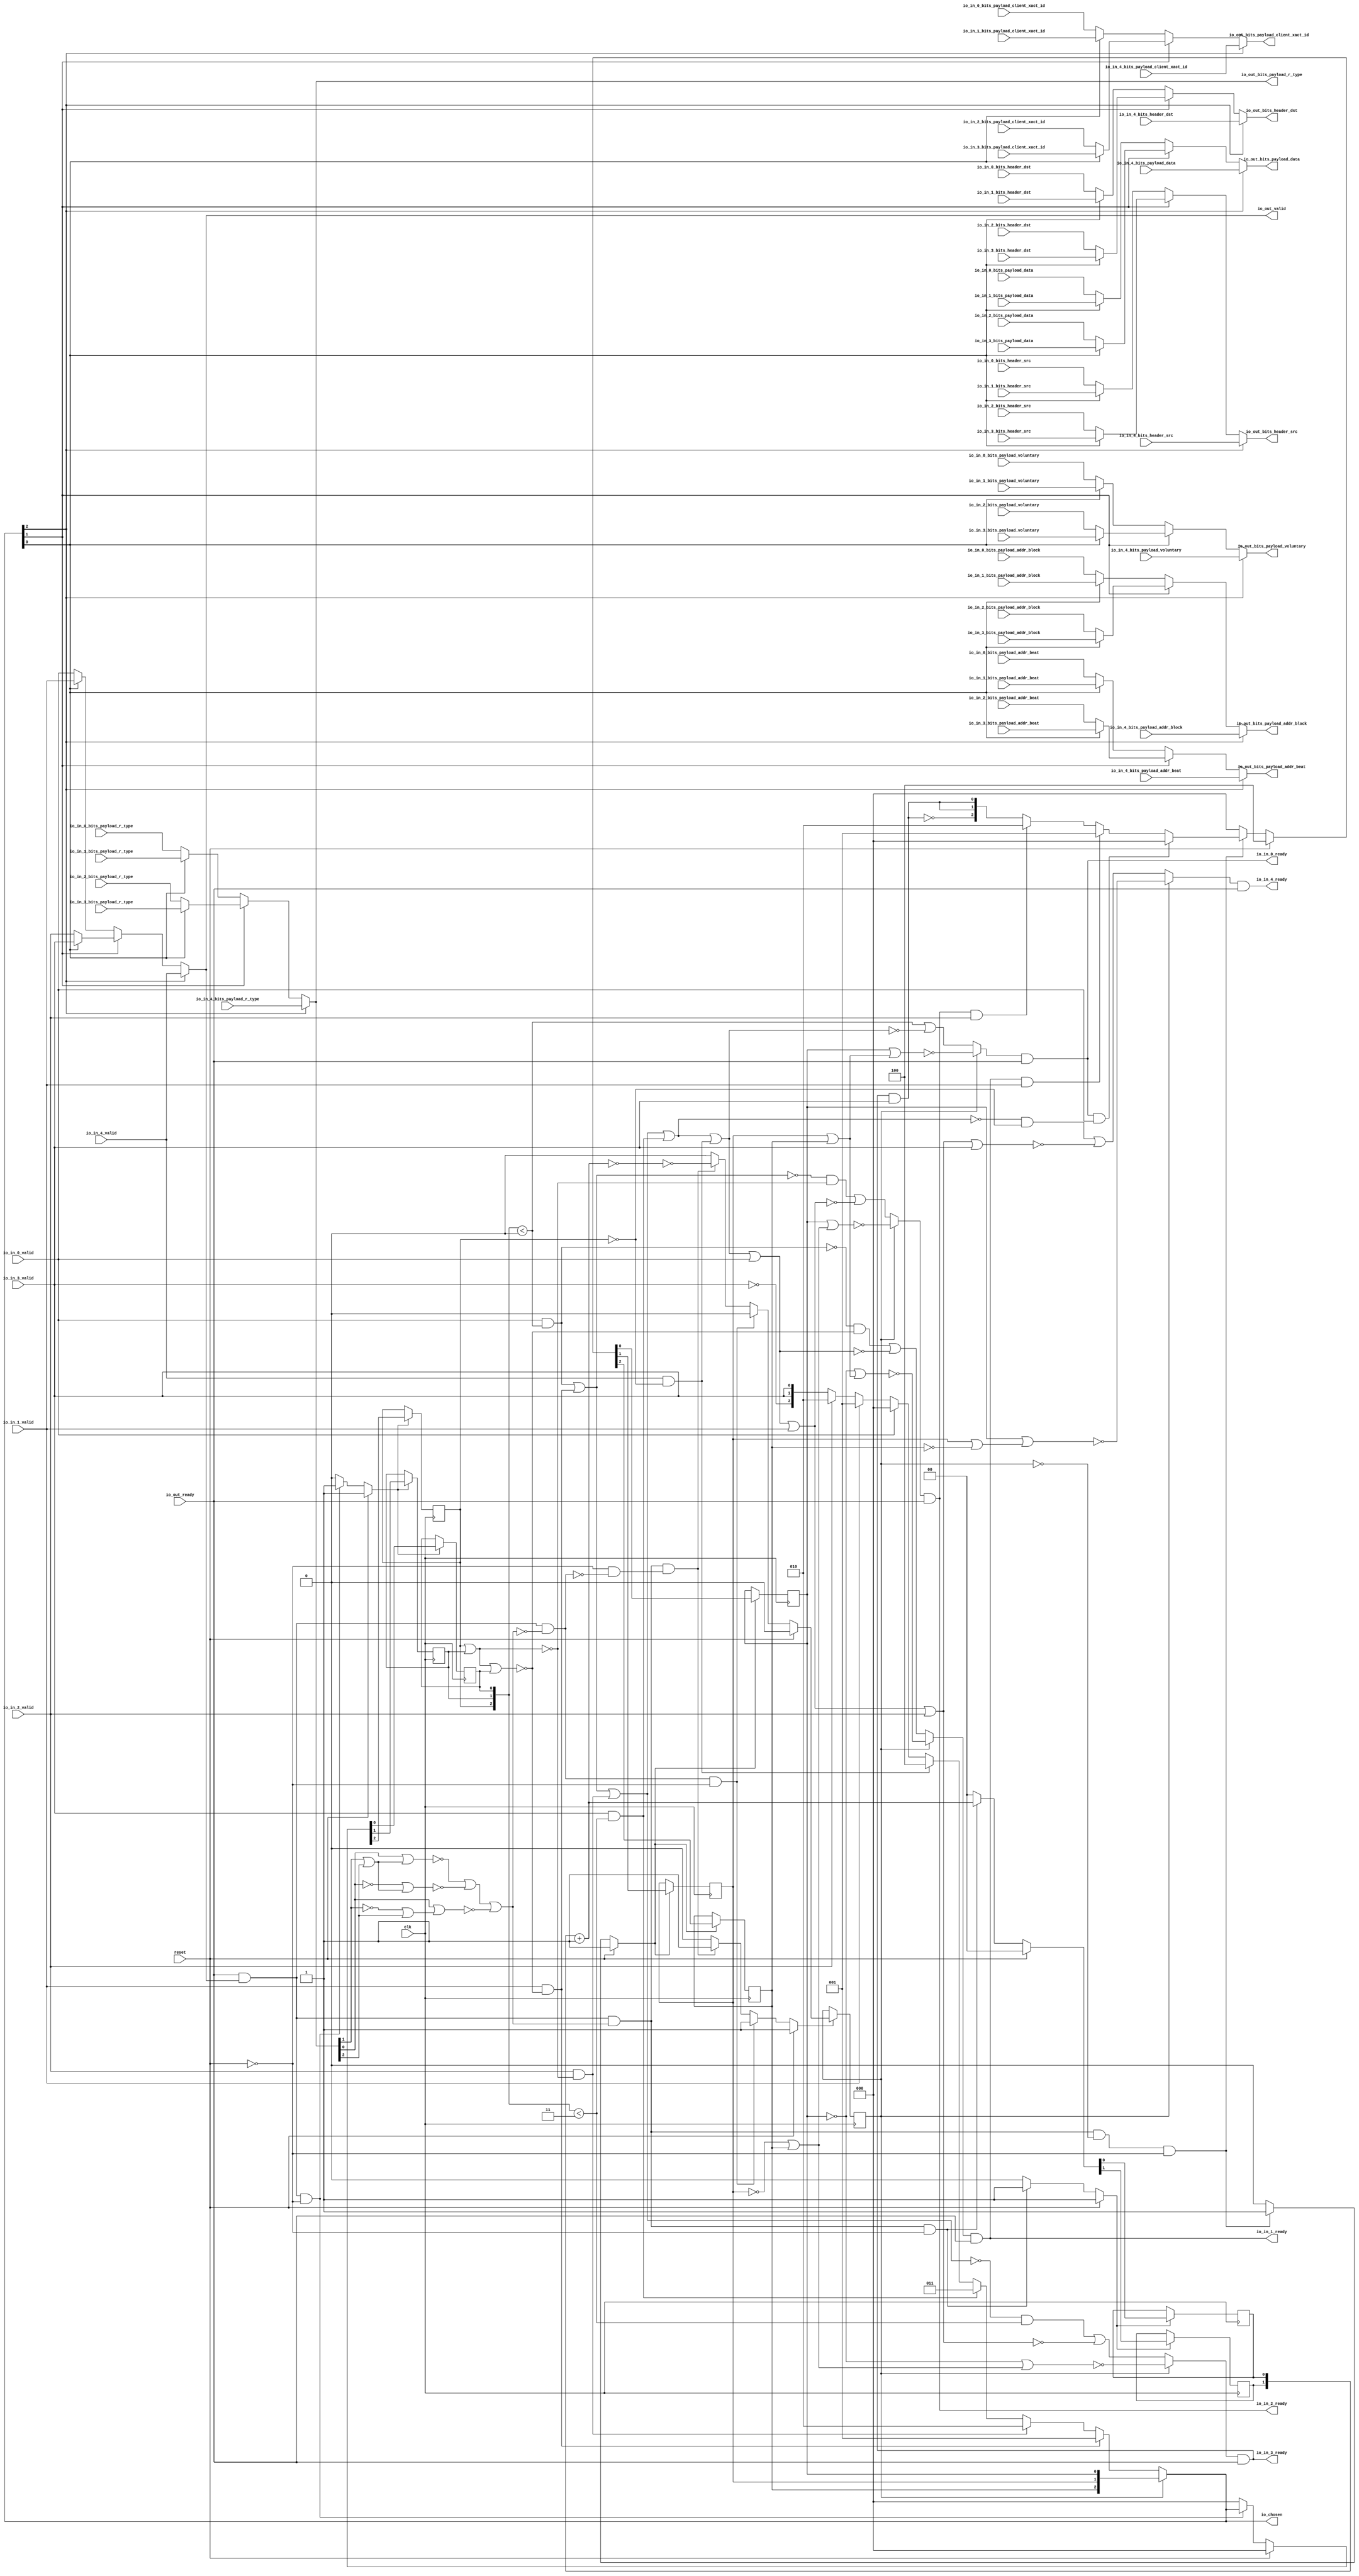
module LockingRRArbiter_6
(
  clk,
  reset,
  io_in_4_ready,
  io_in_4_valid,
  io_in_4_bits_header_src,
  io_in_4_bits_header_dst,
  io_in_4_bits_payload_addr_beat,
  io_in_4_bits_payload_addr_block,
  io_in_4_bits_payload_client_xact_id,
  io_in_4_bits_payload_voluntary,
  io_in_4_bits_payload_r_type,
  io_in_4_bits_payload_data,
  io_in_3_ready,
  io_in_3_valid,
  io_in_3_bits_header_src,
  io_in_3_bits_header_dst,
  io_in_3_bits_payload_addr_beat,
  io_in_3_bits_payload_addr_block,
  io_in_3_bits_payload_client_xact_id,
  io_in_3_bits_payload_voluntary,
  io_in_3_bits_payload_r_type,
  io_in_3_bits_payload_data,
  io_in_2_ready,
  io_in_2_valid,
  io_in_2_bits_header_src,
  io_in_2_bits_header_dst,
  io_in_2_bits_payload_addr_beat,
  io_in_2_bits_payload_addr_block,
  io_in_2_bits_payload_client_xact_id,
  io_in_2_bits_payload_voluntary,
  io_in_2_bits_payload_r_type,
  io_in_2_bits_payload_data,
  io_in_1_ready,
  io_in_1_valid,
  io_in_1_bits_header_src,
  io_in_1_bits_header_dst,
  io_in_1_bits_payload_addr_beat,
  io_in_1_bits_payload_addr_block,
  io_in_1_bits_payload_client_xact_id,
  io_in_1_bits_payload_voluntary,
  io_in_1_bits_payload_r_type,
  io_in_1_bits_payload_data,
  io_in_0_ready,
  io_in_0_valid,
  io_in_0_bits_header_src,
  io_in_0_bits_header_dst,
  io_in_0_bits_payload_addr_beat,
  io_in_0_bits_payload_addr_block,
  io_in_0_bits_payload_client_xact_id,
  io_in_0_bits_payload_voluntary,
  io_in_0_bits_payload_r_type,
  io_in_0_bits_payload_data,
  io_out_ready,
  io_out_valid,
  io_out_bits_header_src,
  io_out_bits_header_dst,
  io_out_bits_payload_addr_beat,
  io_out_bits_payload_addr_block,
  io_out_bits_payload_client_xact_id,
  io_out_bits_payload_voluntary,
  io_out_bits_payload_r_type,
  io_out_bits_payload_data,
  io_chosen
);

  input [2:0] io_in_4_bits_header_src;
  input [2:0] io_in_4_bits_header_dst;
  input [1:0] io_in_4_bits_payload_addr_beat;
  input [25:0] io_in_4_bits_payload_addr_block;
  input [5:0] io_in_4_bits_payload_client_xact_id;
  input [2:0] io_in_4_bits_payload_r_type;
  input [127:0] io_in_4_bits_payload_data;
  input [2:0] io_in_3_bits_header_src;
  input [2:0] io_in_3_bits_header_dst;
  input [1:0] io_in_3_bits_payload_addr_beat;
  input [25:0] io_in_3_bits_payload_addr_block;
  input [5:0] io_in_3_bits_payload_client_xact_id;
  input [2:0] io_in_3_bits_payload_r_type;
  input [127:0] io_in_3_bits_payload_data;
  input [2:0] io_in_2_bits_header_src;
  input [2:0] io_in_2_bits_header_dst;
  input [1:0] io_in_2_bits_payload_addr_beat;
  input [25:0] io_in_2_bits_payload_addr_block;
  input [5:0] io_in_2_bits_payload_client_xact_id;
  input [2:0] io_in_2_bits_payload_r_type;
  input [127:0] io_in_2_bits_payload_data;
  input [2:0] io_in_1_bits_header_src;
  input [2:0] io_in_1_bits_header_dst;
  input [1:0] io_in_1_bits_payload_addr_beat;
  input [25:0] io_in_1_bits_payload_addr_block;
  input [5:0] io_in_1_bits_payload_client_xact_id;
  input [2:0] io_in_1_bits_payload_r_type;
  input [127:0] io_in_1_bits_payload_data;
  input [2:0] io_in_0_bits_header_src;
  input [2:0] io_in_0_bits_header_dst;
  input [1:0] io_in_0_bits_payload_addr_beat;
  input [25:0] io_in_0_bits_payload_addr_block;
  input [5:0] io_in_0_bits_payload_client_xact_id;
  input [2:0] io_in_0_bits_payload_r_type;
  input [127:0] io_in_0_bits_payload_data;
  output [2:0] io_out_bits_header_src;
  output [2:0] io_out_bits_header_dst;
  output [1:0] io_out_bits_payload_addr_beat;
  output [25:0] io_out_bits_payload_addr_block;
  output [5:0] io_out_bits_payload_client_xact_id;
  output [2:0] io_out_bits_payload_r_type;
  output [127:0] io_out_bits_payload_data;
  output [2:0] io_chosen;
  input clk;
  input reset;
  input io_in_4_valid;
  input io_in_4_bits_payload_voluntary;
  input io_in_3_valid;
  input io_in_3_bits_payload_voluntary;
  input io_in_2_valid;
  input io_in_2_bits_payload_voluntary;
  input io_in_1_valid;
  input io_in_1_bits_payload_voluntary;
  input io_in_0_valid;
  input io_in_0_bits_payload_voluntary;
  input io_out_ready;
  output io_in_4_ready;
  output io_in_3_ready;
  output io_in_2_ready;
  output io_in_1_ready;
  output io_in_0_ready;
  output io_out_valid;
  output io_out_bits_payload_voluntary;
  wire [2:0] io_out_bits_header_src,io_out_bits_header_dst,io_out_bits_payload_r_type,
  io_chosen,choose,T1,T2,T3,T4,T5,T6,T19,T20,T21,T55,T58,T56,T95,T98,T96,T103,T106,T104;
  wire [1:0] io_out_bits_payload_addr_beat,T40,T87,T90,T88;
  wire [25:0] io_out_bits_payload_addr_block,T79,T82,T80;
  wire [5:0] io_out_bits_payload_client_xact_id,T71,T74,T72;
  wire [127:0] io_out_bits_payload_data,T46,T50,T47;
  wire io_in_4_ready,io_in_3_ready,io_in_2_ready,io_in_1_ready,io_in_0_ready,
  io_out_valid,io_out_bits_payload_voluntary,N0,N1,N2,N3,N4,N5,N6,N7,N8,N9,N10,N11,N12,N13,
  N14,N15,N16,N17,N18,N19,N20,N21,N22,N23,N24,N25,N26,N27,N28,N29,T16,N30,T14,N31,
  T12,N32,T8,N33,N34,N35,N36,N37,T9,T11,T13,T15,T17,T27,T26,N38,T25,N39,T24,N40,
  T23,N41,T29,T28,T35,T30,T32,T43,T38,T39,T44,N42,N43,N44,T63,T66,T64,T111,T114,T112,
  T119,T120,T136,T121,T122,T125,T123,T124,T128,T126,T127,T131,T129,T130,T134,T132,
  T133,T135,T139,T140,T147,T141,T142,T143,T144,T145,T146,T149,T148,T152,T153,T161,
  T154,T155,T156,T157,T158,T159,T160,T163,T162,T164,T167,T168,T177,T169,T170,T171,
  T172,T173,T174,T175,T176,T179,T178,T180,T181,T184,T185,T195,T186,T187,T188,T189,
  T190,T191,T192,T193,T194,T197,T196,T198,T199,T200,N45,N46,N47,N48,N49,N50,N51,
  N52,N53,N54,N55,N56,N57,N58,N59,N60,N61,N62,N63,N64,N65,N66,N67,N68,N69,N70,N71,
  N72,N73,N74,N75,N76,N77,N78,N79,N80,N81,N82,N83,N84,N85,N86,N87,N88,N89,N90,N91,
  N92,N93,N94,N95,N96,N97,N98,N99,N100,N101,N102,N103,N104,N105,N106,N107,N108,N109,
  N110,N111,N112;
  wire [2:1] T7,T22;
  reg [2:0] last_grant,lockIdx;
  reg locked;
  reg [1:0] R41;
  assign T13 = last_grant < { 1'b1, 1'b1 };
  assign T39 = T40 == 1'b0;
  assign T127 = last_grant < { 1'b1, 1'b1 };
  assign T135 = last_grant < 1'b0;
  assign T136 = last_grant < 1'b0;
  assign T178 = last_grant < { 1'b1, 1'b1 };

  always @(posedge clk) begin
    if(N47) begin
      last_grant[2] <= N50;
    end 
  end


  always @(posedge clk) begin
    if(N47) begin
      last_grant[1] <= N49;
    end 
  end


  always @(posedge clk) begin
    if(N47) begin
      last_grant[0] <= N48;
    end 
  end


  always @(posedge clk) begin
    if(N53) begin
      lockIdx[2] <= N56;
    end 
  end


  always @(posedge clk) begin
    if(N53) begin
      lockIdx[1] <= N55;
    end 
  end


  always @(posedge clk) begin
    if(N53) begin
      lockIdx[0] <= N54;
    end 
  end


  always @(posedge clk) begin
    if(N60) begin
      locked <= N61;
    end 
  end


  always @(posedge clk) begin
    if(N64) begin
      R41[1] <= N66;
    end 
  end


  always @(posedge clk) begin
    if(N64) begin
      R41[0] <= N65;
    end 
  end

  assign N75 = ~lockIdx[2];
  assign N76 = lockIdx[1] | N75;
  assign N77 = lockIdx[0] | N76;
  assign N78 = ~N77;
  assign N79 = lockIdx[1] | lockIdx[2];
  assign N80 = lockIdx[0] | N79;
  assign N81 = ~N80;
  assign N82 = ~lockIdx[0];
  assign N83 = lockIdx[1] | lockIdx[2];
  assign N84 = N82 | N83;
  assign N85 = ~N84;
  assign N86 = ~io_out_bits_payload_r_type[1];
  assign N87 = N86 | io_out_bits_payload_r_type[2];
  assign N88 = io_out_bits_payload_r_type[0] | N87;
  assign N89 = ~N88;
  assign N90 = ~lockIdx[1];
  assign N91 = N90 | lockIdx[2];
  assign N92 = lockIdx[0] | N91;
  assign N93 = ~N92;
  assign N94 = io_out_bits_payload_r_type[1] | io_out_bits_payload_r_type[2];
  assign N95 = io_out_bits_payload_r_type[0] | N94;
  assign N96 = ~N95;
  assign N97 = ~io_out_bits_payload_r_type[0];
  assign N98 = io_out_bits_payload_r_type[1] | io_out_bits_payload_r_type[2];
  assign N99 = N97 | N98;
  assign N100 = ~N99;
  assign N101 = N90 | lockIdx[2];
  assign N102 = N82 | N101;
  assign N103 = ~N102;
  assign T40 = R41 + 1'b1;
  assign io_chosen = (N0)? lockIdx : 
                     (N1)? choose : 1'b0;
  assign N0 = locked;
  assign N1 = N29;
  assign choose = (N2)? { 1'b0, 1'b0, 1'b1 } : 
                  (N3)? T1 : 1'b0;
  assign N2 = T16;
  assign N3 = N30;
  assign T1 = (N4)? { 1'b0, 1'b1, 1'b0 } : 
              (N5)? T2 : 1'b0;
  assign N4 = T14;
  assign N5 = N31;
  assign T2 = (N6)? { 1'b0, 1'b1, 1'b1 } : 
              (N7)? T3 : 1'b0;
  assign N6 = T12;
  assign N7 = N32;
  assign T3 = (N8)? { 1'b1, 1'b0, 1'b0 } : 
              (N9)? T4 : 1'b0;
  assign N8 = T8;
  assign N9 = N33;
  assign T4 = (N10)? { 1'b0, 1'b0, 1'b0 } : 
              (N11)? T5 : 1'b0;
  assign N10 = io_in_0_valid;
  assign N11 = N34;
  assign T5 = (N12)? { 1'b0, 1'b0, 1'b1 } : 
              (N13)? T6 : 1'b0;
  assign N12 = io_in_1_valid;
  assign N13 = N35;
  assign T6 = (N14)? { 1'b0, 1'b1, 1'b0 } : 
              (N15)? { T7, T7[1:1] } : 1'b0;
  assign N14 = io_in_2_valid;
  assign N15 = N36;
  assign T19 = (N16)? { 1'b0, 1'b0, 1'b0 } : 
               (N17)? T20 : 1'b0;
  assign N16 = T26;
  assign N17 = N38;
  assign T20 = (N18)? { 1'b0, 1'b0, 1'b1 } : 
               (N19)? T21 : 1'b0;
  assign N18 = T25;
  assign N19 = N39;
  assign T21 = (N20)? { 1'b0, 1'b1, 1'b0 } : 
               (N21)? { T22, T22[1:1] } : 1'b0;
  assign N20 = T24;
  assign N21 = N40;
  assign io_out_bits_payload_data = (N22)? io_in_4_bits_payload_data : 
                                    (N23)? T46 : 1'b0;
  assign N22 = io_chosen[2];
  assign N23 = N42;
  assign T46 = (N24)? T50 : 
               (N25)? T47 : 1'b0;
  assign N24 = io_chosen[1];
  assign N25 = N43;
  assign T47 = (N26)? io_in_1_bits_payload_data : 
               (N27)? io_in_0_bits_payload_data : 1'b0;
  assign N26 = io_chosen[0];
  assign N27 = N44;
  assign T50 = (N26)? io_in_3_bits_payload_data : 
               (N27)? io_in_2_bits_payload_data : 1'b0;
  assign io_out_bits_payload_r_type = (N22)? io_in_4_bits_payload_r_type : 
                                      (N23)? T55 : 1'b0;
  assign T55 = (N24)? T58 : 
               (N25)? T56 : 1'b0;
  assign T56 = (N26)? io_in_1_bits_payload_r_type : 
               (N27)? io_in_0_bits_payload_r_type : 1'b0;
  assign T58 = (N26)? io_in_3_bits_payload_r_type : 
               (N27)? io_in_2_bits_payload_r_type : 1'b0;
  assign io_out_bits_payload_voluntary = (N22)? io_in_4_bits_payload_voluntary : 
                                         (N23)? T63 : 1'b0;
  assign T63 = (N24)? T66 : 
               (N25)? T64 : 1'b0;
  assign T64 = (N26)? io_in_1_bits_payload_voluntary : 
               (N27)? io_in_0_bits_payload_voluntary : 1'b0;
  assign T66 = (N26)? io_in_3_bits_payload_voluntary : 
               (N27)? io_in_2_bits_payload_voluntary : 1'b0;
  assign io_out_bits_payload_client_xact_id = (N22)? io_in_4_bits_payload_client_xact_id : 
                                              (N23)? T71 : 1'b0;
  assign T71 = (N24)? T74 : 
               (N25)? T72 : 1'b0;
  assign T72 = (N26)? io_in_1_bits_payload_client_xact_id : 
               (N27)? io_in_0_bits_payload_client_xact_id : 1'b0;
  assign T74 = (N26)? io_in_3_bits_payload_client_xact_id : 
               (N27)? io_in_2_bits_payload_client_xact_id : 1'b0;
  assign io_out_bits_payload_addr_block = (N22)? io_in_4_bits_payload_addr_block : 
                                          (N23)? T79 : 1'b0;
  assign T79 = (N24)? T82 : 
               (N25)? T80 : 1'b0;
  assign T80 = (N26)? io_in_1_bits_payload_addr_block : 
               (N27)? io_in_0_bits_payload_addr_block : 1'b0;
  assign T82 = (N26)? io_in_3_bits_payload_addr_block : 
               (N27)? io_in_2_bits_payload_addr_block : 1'b0;
  assign io_out_bits_payload_addr_beat = (N22)? io_in_4_bits_payload_addr_beat : 
                                         (N23)? T87 : 1'b0;
  assign T87 = (N24)? T90 : 
               (N25)? T88 : 1'b0;
  assign T88 = (N26)? io_in_1_bits_payload_addr_beat : 
               (N27)? io_in_0_bits_payload_addr_beat : 1'b0;
  assign T90 = (N26)? io_in_3_bits_payload_addr_beat : 
               (N27)? io_in_2_bits_payload_addr_beat : 1'b0;
  assign io_out_bits_header_dst = (N22)? io_in_4_bits_header_dst : 
                                  (N23)? T95 : 1'b0;
  assign T95 = (N24)? T98 : 
               (N25)? T96 : 1'b0;
  assign T96 = (N26)? io_in_1_bits_header_dst : 
               (N27)? io_in_0_bits_header_dst : 1'b0;
  assign T98 = (N26)? io_in_3_bits_header_dst : 
               (N27)? io_in_2_bits_header_dst : 1'b0;
  assign io_out_bits_header_src = (N22)? io_in_4_bits_header_src : 
                                  (N23)? T103 : 1'b0;
  assign T103 = (N24)? T106 : 
                (N25)? T104 : 1'b0;
  assign T104 = (N26)? io_in_1_bits_header_src : 
                (N27)? io_in_0_bits_header_src : 1'b0;
  assign T106 = (N26)? io_in_3_bits_header_src : 
                (N27)? io_in_2_bits_header_src : 1'b0;
  assign io_out_valid = (N22)? io_in_4_valid : 
                        (N23)? T111 : 1'b0;
  assign T111 = (N24)? T114 : 
                (N25)? T112 : 1'b0;
  assign T112 = (N26)? io_in_1_valid : 
                (N27)? io_in_0_valid : 1'b0;
  assign T114 = (N26)? io_in_3_valid : 
                (N27)? io_in_2_valid : 1'b0;
  assign T119 = (N0)? N81 : 
                (N1)? T120 : 1'b0;
  assign T139 = (N0)? N85 : 
                (N1)? T140 : 1'b0;
  assign T152 = (N0)? N93 : 
                (N1)? T153 : 1'b0;
  assign T167 = (N0)? N103 : 
                (N1)? T168 : 1'b0;
  assign T184 = (N0)? N78 : 
                (N1)? T185 : 1'b0;
  assign N47 = (N28)? 1'b1 : 
               (N68)? 1'b1 : 
               (N46)? 1'b0 : 1'b0;
  assign N28 = reset;
  assign { N50, N49, N48 } = (N28)? { 1'b0, 1'b0, 1'b0 } : 
                             (N68)? io_chosen : 1'b0;
  assign N53 = (N28)? 1'b1 : 
               (N69)? 1'b1 : 
               (N52)? 1'b0 : 1'b0;
  assign { N56, N55, N54 } = (N28)? { 1'b1, 1'b0, 1'b0 } : 
                             (N69)? T19 : 1'b0;
  assign N60 = (N28)? 1'b1 : 
               (N70)? 1'b1 : 
               (N73)? 1'b1 : 
               (N59)? 1'b0 : 1'b0;
  assign N61 = (N28)? 1'b0 : 
               (N70)? 1'b0 : 
               (N73)? T38 : 1'b0;
  assign N64 = (N28)? 1'b1 : 
               (N74)? 1'b1 : 
               (N63)? 1'b0 : 1'b0;
  assign { N66, N65 } = (N28)? { 1'b0, 1'b0 } : 
                        (N74)? T40 : 1'b0;
  assign N29 = ~locked;
  assign N30 = ~T16;
  assign N31 = ~T14;
  assign N32 = ~T12;
  assign N33 = ~T8;
  assign N34 = ~io_in_0_valid;
  assign N35 = ~io_in_1_valid;
  assign N36 = ~io_in_2_valid;
  assign N37 = ~io_in_3_valid;
  assign T7[1] = io_in_3_valid;
  assign T7[2] = N37;
  assign T8 = io_in_4_valid & T9;
  assign T9 = ~last_grant[2];
  assign T11 = io_out_ready & io_out_valid;
  assign T12 = io_in_3_valid & T13;
  assign T14 = io_in_2_valid & T15;
  assign T15 = ~N104;
  assign N104 = last_grant[2] | last_grant[1];
  assign T16 = io_in_1_valid & T17;
  assign T17 = ~N106;
  assign N106 = N105 | last_grant[0];
  assign N105 = last_grant[2] | last_grant[1];
  assign N38 = ~T26;
  assign N39 = ~T25;
  assign N40 = ~T24;
  assign N41 = ~T23;
  assign T22[1] = T23;
  assign T22[2] = N41;
  assign T23 = io_in_3_ready & io_in_3_valid;
  assign T24 = io_in_2_ready & io_in_2_valid;
  assign T25 = io_in_1_ready & io_in_1_valid;
  assign T26 = io_in_0_ready & io_in_0_valid;
  assign T27 = T29 & T28;
  assign T28 = ~locked;
  assign T29 = T35 & T30;
  assign T30 = T32 | N89;
  assign T32 = N96 | N100;
  assign T35 = io_out_valid & io_out_ready;
  assign T38 = ~T39;
  assign T43 = T35 & T44;
  assign T44 = ~T30;
  assign N42 = ~io_chosen[2];
  assign N43 = ~io_chosen[1];
  assign N44 = ~io_chosen[0];
  assign io_in_0_ready = T119 & io_out_ready;
  assign T120 = T136 | T121;
  assign T121 = ~T122;
  assign T122 = T125 | T123;
  assign T123 = io_in_4_valid & T124;
  assign T124 = ~last_grant[2];
  assign T125 = T128 | T126;
  assign T126 = io_in_3_valid & T127;
  assign T128 = T131 | T129;
  assign T129 = io_in_2_valid & T130;
  assign T130 = ~N107;
  assign N107 = last_grant[2] | last_grant[1];
  assign T131 = T134 | T132;
  assign T132 = io_in_1_valid & T133;
  assign T133 = ~N109;
  assign N109 = N108 | last_grant[0];
  assign N108 = last_grant[2] | last_grant[1];
  assign T134 = io_in_0_valid & T135;
  assign io_in_1_ready = T139 & io_out_ready;
  assign T140 = T147 | T141;
  assign T141 = ~T142;
  assign T142 = T143 | io_in_0_valid;
  assign T143 = T144 | T123;
  assign T144 = T145 | T126;
  assign T145 = T146 | T129;
  assign T146 = T134 | T132;
  assign T147 = T149 & T148;
  assign T148 = ~N111;
  assign N111 = N110 | last_grant[0];
  assign N110 = last_grant[2] | last_grant[1];
  assign T149 = ~T134;
  assign io_in_2_ready = T152 & io_out_ready;
  assign T153 = T161 | T154;
  assign T154 = ~T155;
  assign T155 = T156 | io_in_1_valid;
  assign T156 = T157 | io_in_0_valid;
  assign T157 = T158 | T123;
  assign T158 = T159 | T126;
  assign T159 = T160 | T129;
  assign T160 = T134 | T132;
  assign T161 = T163 & T162;
  assign T162 = ~N112;
  assign N112 = last_grant[2] | last_grant[1];
  assign T163 = ~T164;
  assign T164 = T134 | T132;
  assign io_in_3_ready = T167 & io_out_ready;
  assign T168 = T177 | T169;
  assign T169 = ~T170;
  assign T170 = T171 | io_in_2_valid;
  assign T171 = T172 | io_in_1_valid;
  assign T172 = T173 | io_in_0_valid;
  assign T173 = T174 | T123;
  assign T174 = T175 | T126;
  assign T175 = T176 | T129;
  assign T176 = T134 | T132;
  assign T177 = T179 & T178;
  assign T179 = ~T180;
  assign T180 = T181 | T129;
  assign T181 = T134 | T132;
  assign io_in_4_ready = T184 & io_out_ready;
  assign T185 = T195 | T186;
  assign T186 = ~T187;
  assign T187 = T188 | io_in_3_valid;
  assign T188 = T189 | io_in_2_valid;
  assign T189 = T190 | io_in_1_valid;
  assign T190 = T191 | io_in_0_valid;
  assign T191 = T192 | T123;
  assign T192 = T193 | T126;
  assign T193 = T194 | T129;
  assign T194 = T134 | T132;
  assign T195 = T197 & T196;
  assign T196 = ~last_grant[2];
  assign T197 = ~T198;
  assign T198 = T199 | T126;
  assign T199 = T200 | T129;
  assign T200 = T134 | T132;
  assign N45 = T11 | reset;
  assign N46 = ~N45;
  assign N51 = T27 | reset;
  assign N52 = ~N51;
  assign N57 = T43 | reset;
  assign N58 = T29 | N57;
  assign N59 = ~N58;
  assign N62 = T29 | reset;
  assign N63 = ~N62;
  assign N67 = ~reset;
  assign N68 = T11 & N67;
  assign N69 = T27 & N67;
  assign N70 = T43 & N67;
  assign N71 = ~T43;
  assign N72 = N67 & N71;
  assign N73 = T29 & N72;
  assign N74 = T29 & N67;

endmodule